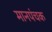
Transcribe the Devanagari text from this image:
मानपंचक